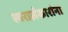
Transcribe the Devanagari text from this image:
स्वरालंकारांना